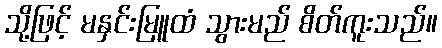
သို့ဖြင့် မနှင်းမြူထံ သွားမည် စိတ်ကူးသည်။